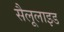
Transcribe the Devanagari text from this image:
सैलूलाइड